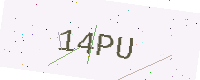
Text: 14PU